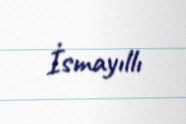
İsmayıllı